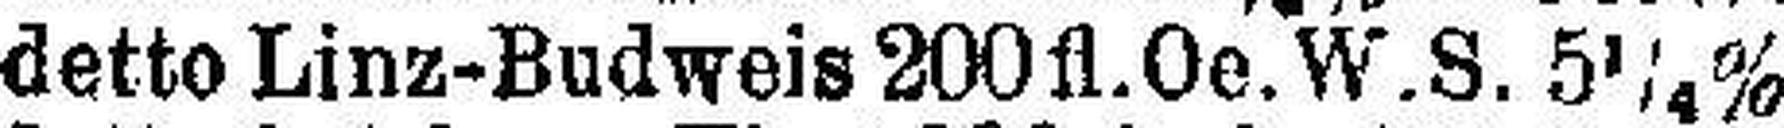
detto Linz-Budweis 200 fl.Oe.W.S. 5¼%